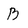
Character: B